Report on sanitation, dispensaries, and jails in Rajputana for 1912, and on vaccination for the year 1912-1913 - 1912-1913
Year: 1912
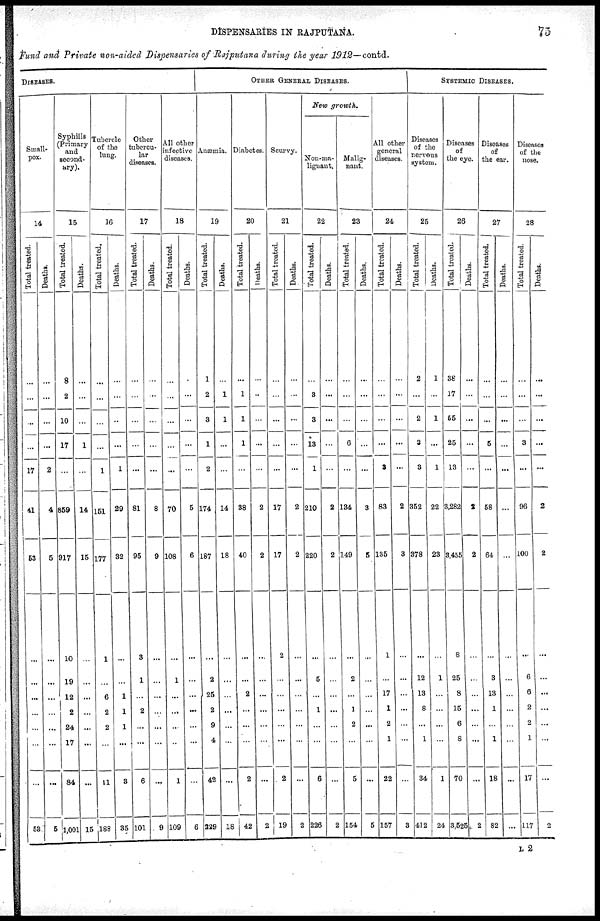
DISPENSARIES IN RAJPUTANA.
75
Fund and Private non-aided Dispensaries of Rajputana during the year 1912—contd.
DISEASES.
Small-
pox.
14
Total treated.
...
...
...
...
17
41
53
...
...
...
...
...
...
...
53
Deaths.
...
...
...
...
2
4
5
...
...
...
...
...
...
...
5
Syphilis
(Primary
and
second-
--y).
15
Total treated.
8
2
10
17
...
869
917
10
19
12
2
24
17
84
1,001
Deaths.
...
...
...
1
...
14
15
...
...
...
...
...
...
...
15
Tubercle
of the
lung.
16
Total treated.
...
...
...
...
1
151
177
1
...
6
2
2
...
11
188
Deaths.
...
...
...
...
1
29
32
...
...
1
1
1
...
3
35
Other
tubercu-
lar
diseases.
17
Total treated.
...
...
...
...
...
81
95
3
1
...
2
...
...
6
101
Deaths.
...
...
...
...
...
8
9
...
...
...
...
...
...
...
9
All other
infective
diseases.
18
Total treated.
...
...
...
...
...
70
108
...
1
...
...
...
...
1
109
Deaths.
...
...
...
...
...
5
6
...
...
...
...
...
...
...
6
OTHER GENERAL DISEASES.
Anæmia.
19
Total treated.
1
2
3
1
2
174
187
...
2
25
2
9
4
42
229
Deaths.
...
1
1
...
...
14
18
...
...
...
...
...
...
...
18
Diabetes.
20
Total treated.
...
1
1
1
...
38
40
...
...
2
...
...
...
2
42
Deaths.
...
...
...
...
...
2
2
...
...
...
...
...
...
...
2
Scurvy.
21
Total treated.
...
...
...
...
...
17
17
2
...
...
...
...
...
2
19
Deaths.
...
...
...
...
...
2
2
...
...
...
...
...
...
...
2
New growth.
Non-ma-
lignant.
22
Total treated.
...
3
3
13
1
210
220
...
5
...
1
...
...
6
226
Deaths.
...
...
...
...
...
2
2
...
...
...
...
...
...
...
2
Malig-
nant.
23
Total treated.
...
...
...
6
...
134
149
...
2
...
1
2
...
5
154
Deaths.
...
...
...
...
...
3
5
...
...
...
...
...
...
...
5
All other
general
diseases.
24
Total treated.
...
...
...
...
3
83
135
1
...
17
1
2
1
22
157
Deaths.
...
...
...
...
...
2
3
...
...
...
...
...
...
...
3
SYSTEMIC DISEASES.
Diseases
of the
nervous
system.
25
Total treated.
2
...
2
3
3
362
378
...
12
13
8
...
1
34
412
Deaths.
1
...
1
...
1
22
23
...
1
...
...
...
...
1
24
Diseases
of
the eye.
26
Total treated.
38
17
65
25
13
3,282
3,455
8
25
8
15
6
8
70
3,525
Deaths.
...
...
...
...
...
2
2
...
...
...
...
...
...
...
2
Diseases
of
the ear.
27
Total treated.
...
...
...
5
...
58
64
...
3
13
1
...
1
18
82
Deaths.
...
...
...
...
...
...
...
...
...
...
...
...
...
...
...
Diseases
of the
nose.
28
Total treated.
...
...
...
3
...
96
100
...
6
6
2
2
1
17
117
Deaths.
...
...
...
...
...
2
2
...
...
...
...
...
...
...
2
L 2